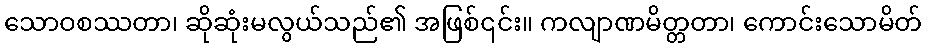
သောဝစဿတာ၊ ဆိုဆုံးမလွယ်သည်၏ အဖြစ်၎င်း။ ကလျာဏမိတ္တတာ၊ ကောင်းသောမိတ်